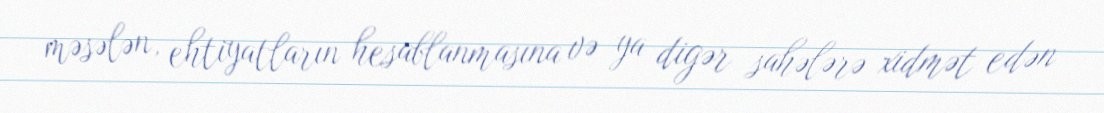
məsələn, ehtiyatların hesablanmasına və ya digər sahələrə xidmət edən